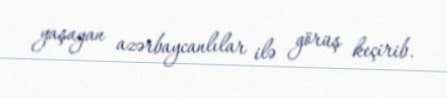
yaşayan azərbaycanlılar ilə görüş keçirib.